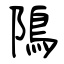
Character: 隝